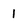
Character: 1